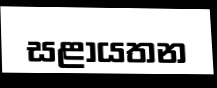
සළායතන